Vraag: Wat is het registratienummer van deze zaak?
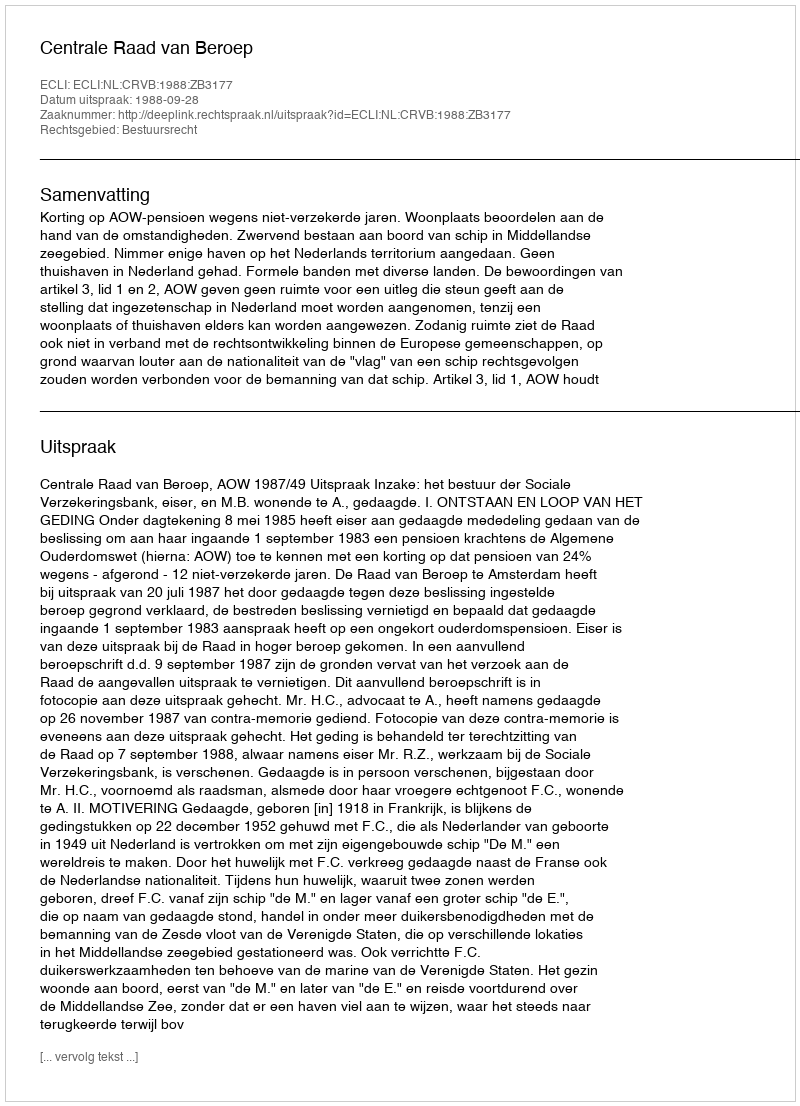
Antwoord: http://deeplink.rechtspraak.nl/uitspraak?id=ECLI:NL:CRVB:1988:ZB3177